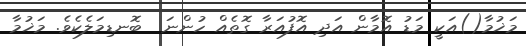
މަޚުމާ()އަކީ މަޑު އޮމާން އަދި އޮފުއަރާ ގޮތެއް ހުންނަ  ބޮނޑިމަލެކެވެ. މަޚުމާ